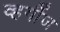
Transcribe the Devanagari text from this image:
व्हर्गीज